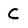
Character: C